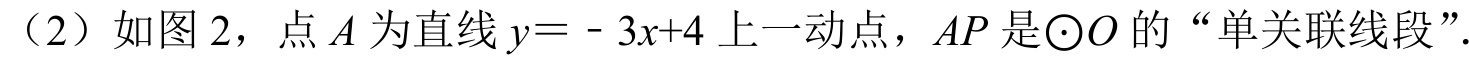
（2）如图 2，点\(A\)为直线\(y = - 3x + 4\)上一动点，\(AP\)是\(\odot O\)的“单关联线段”.